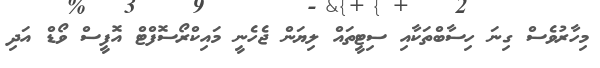
މިހާރުވެސް ގިނަ ހިސާބްތަކާއި ސިޓީތައް ލިޔަން ޖެހެނީ މައިކްރޯސޮފްޓް އޮފީސް ވޯޑް އަދި